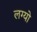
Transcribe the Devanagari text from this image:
लग्‍यो